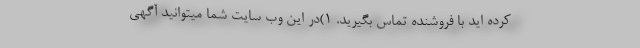
کرده اید با فروشنده تماس بگیرید. 1)در این وب سایت شما میتوانید آگهی